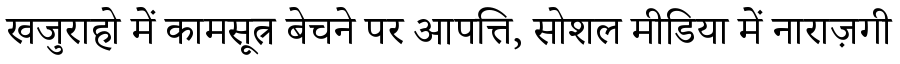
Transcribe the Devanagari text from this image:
खजुराहो में कामसूत्र बेचने पर आपत्ति, सोशल मीडिया में नाराज़गी